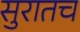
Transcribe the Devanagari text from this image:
सुरातच